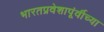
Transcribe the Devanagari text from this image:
भारतप्रवेशापूंर्वीच्या